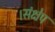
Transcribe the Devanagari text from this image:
।संक्षेप